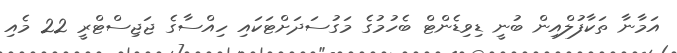
އަމާނާ ތަކާފުލްއިން ބުނީ ޑިވިޑެންޓް ބެހުމުގެ މަގުސަދަށްޓަކައި ހިއްސާގެ ޖަޖިސްޓްރީ 22 މެއި